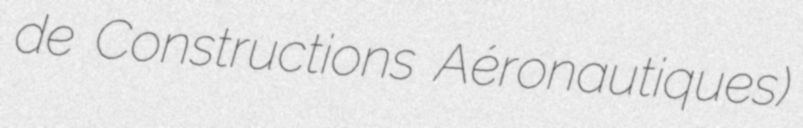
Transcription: de Constructions Aéronautiques)